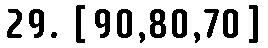
29. [90,80,70]